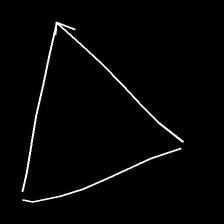
Glyph: convergence